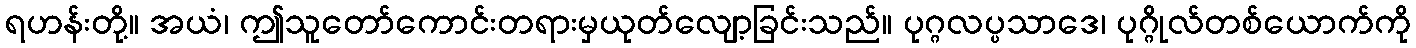
ရဟန်းတို့။ အယံ၊ ဤသူတော်ကောင်းတရားမှယုတ်လျော့ခြင်းသည်။ ပုဂ္ဂလပ္ပသာဒေ၊ ပုဂ္ဂိုလ်တစ်ယောက်ကို